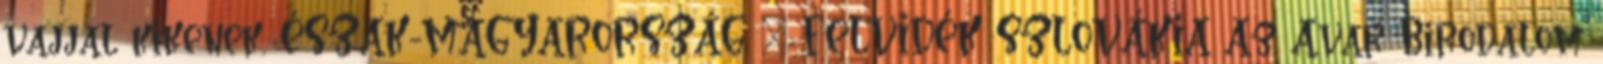
vajjal kikenek. ÉSZAK-MAGYARORSZÁG – FELVIDÉK SZLOVÁKIA Az Avar Birodalom